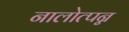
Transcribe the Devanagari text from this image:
नालोत्पन्न